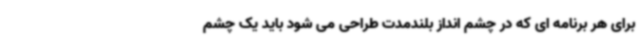
برای هر برنامه ای که در چشم انداز بلندمدت طراحی می شود باید یک چشم